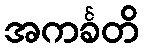
အကင်္ခတိ